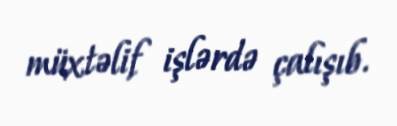
müxtəlif işlərdə çalışıb.